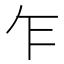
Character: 乍